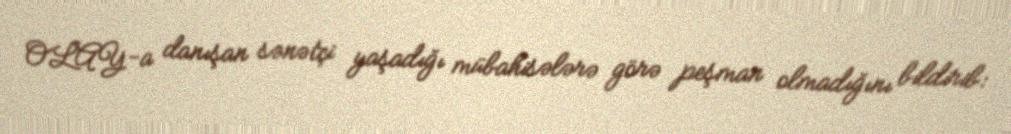
OLAY-a danışan sənətçi yaşadığı mübahisələrə görə peşman olmadığını bildirib: